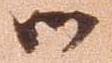
御